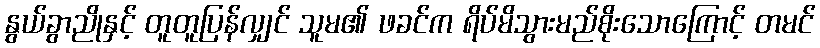
နွယ်ခွာညိုနှင့် တူတူပြန်လျှင် သူမ၏ ဖခင်က ရိပ်မိသွားမည်စိုးသောကြောင့် တမင်